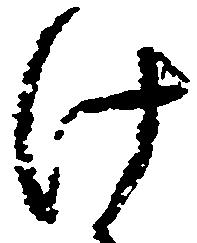
け